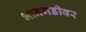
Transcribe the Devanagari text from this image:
भानगडीवर